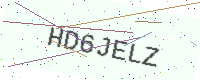
Text: HD6JELZ